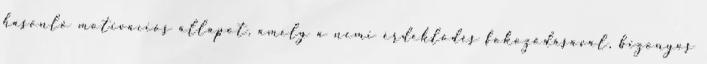
hasonló motivációs állapot, amely a nemi érdeklődés fokozódásával, bizonyos